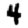
Digit: 4